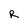
Character: R